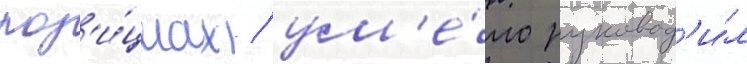
поз'и́циах / ум'е́ло руковод'и́л